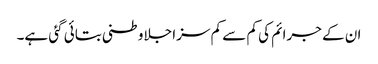
ان کے جرائم کی کم سے کم سزا جلاوطنی بتائی گئی ہے۔